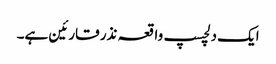
ایک دلچسپ واقعہ نذر قارئین ہے۔